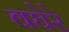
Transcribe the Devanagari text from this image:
वघेरे